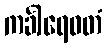
ကင်္ခါရေဝတံ